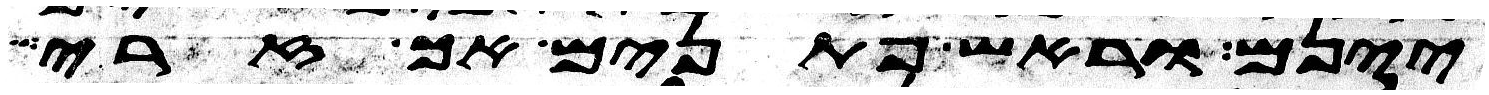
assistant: יינם וראש פתנים אך זרי